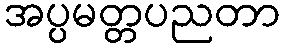
အပ္ပမတ္တပညတာ